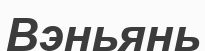
Вэньянь